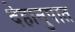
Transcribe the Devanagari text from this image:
देहानुपात